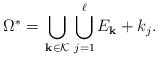
\begin{align*}\displaystyle \Omega^*= \bigcup_{\begin{smallmatrix} {\bf{k}} \in \mathcal{K} \end{smallmatrix}} \bigcup_{j=1}^{\ell} E_{\bf{k}} +k_j.\end{align*}